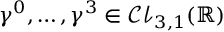
\gamma ^ { 0 } , \ldots , \gamma ^ { 3 } \in { \mathcal { C l } } _ { 3 , 1 } ( \mathbb { R } )